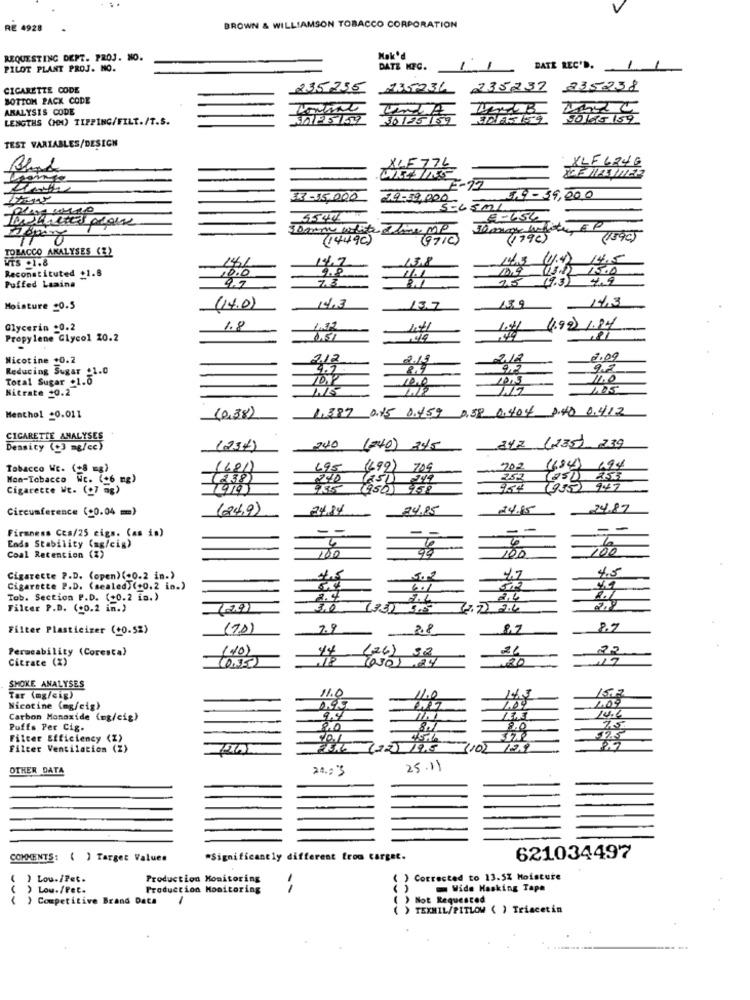
RE 4928
BROWN & WILLIAMSON TOBACCO CORPORATION
REQUESTING DEPT. PROJ. NO.
Nak'd
PILOT PLANT PROJ. NO.
DATE KFC.
DATE REC'D.
1
1
CIGARETTE CODE
335 255
235232
235238
BOTTOM PACK CODE
ARALYSIS CODE
LENGTHS (HM) TIPPING/FILT./T.S.
3.155159
50105 159
TEST VARIABLES/DESIGN
XLF6246
XLF 776
7-12
33-35,000
29.50,000-
1.9-39,20.0
10
(14490)
(1790)
(1590)
TOBACCO ANALYSES (Z)
WTS .1.8
14.1
14.7
14.3 01:12
14.5
10.9
05.0) 1500
Reconstituted +1.8
10.0
9.7
73
8.1
(9.3) 4.9
Puffed Laaina
14.3
14,3
Moisture 20.5
(14.0)
/3.7
Glycerin +0.2
1.8
1.41
4.99) 1.84
Propylene Glycol 20.2
Nicotine .0.2
2.19
212
€009
Reducing Sugar $1.0
8.4
9.2
Total Sugar +1.0
10,1
Nitrate -0.2
1.05
1.387 0.15 0.459 0.58 0,404 0.40 0.4.12
Menthol _0.011
(0,38)
CIGARETTE ANALYSES
847 (135) 239
Density (+3 mg/cc)
(237)
40
(240) 345
245
Tobacco Wc. (+8 =g)
(601)
695
(699) 709
705
202
(84)
194
Mon-Tobacco
WE. (26 mg)
(238)
240 (251 219
240
252
Cigarette WE. (+7 =g)
9135 (950) 958
954
(955) 947
Circumference (00.04 =)
(24,9)
24.85
74.87
-
--
-
Firmness Ccs/25 cigs. (as is)
=
6
Ends Stability (mg/cig)
100
100
Coal Retention (%)
100
4.5
Cigarette P.D. (open) (+0.2 in.)
4.5
Cigarette P.D. (sealed)(+0.2 in.)
6.1
Tab. Section P.D. (+0.2 in.)
2.4
2,4
Filter P.D. (+0.2 in.)
Filter Plasticizer (+0.5%)
(T.D)
7.9
2.8
8,7
Permeability (Coresta)
(10)
21
Citrate (X)
(0,35)
(26) 32
-20
SHOKE ANALYSES
11.0
Tar (mg/cip)
1.00
143
1.00
15,7
Nicotine (mg/cig)
14.6
Carbon Monoxide (mg/cig)
9.4
133
Puffs Per Cig.
80
75
Filter Efficiency (I)
10.1
57.5
Filter Ventilation (2)
19.
102
OTHER DATA
24.2 '3
25.11
COMMENTS: ( ) Target Values
*Significantly different from carget.
621034497
( ) Lou./Pet.
Production Monitoring
) Corrected to 13.5% Moisture
) Lou./Pet.
Production Monitoring
Wide Masking Tape
( ) Competitive Brand Data
1
> Not Requested
TEXMIL/PITLOW ( ) Triacetin